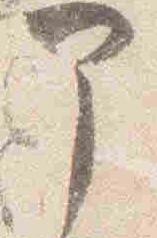
部